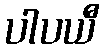
ပါပယီ